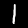
Digit: 1